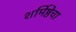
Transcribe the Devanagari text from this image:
शर्मिष्ठेचा